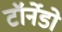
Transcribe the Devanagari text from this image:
टॉर्नेडो